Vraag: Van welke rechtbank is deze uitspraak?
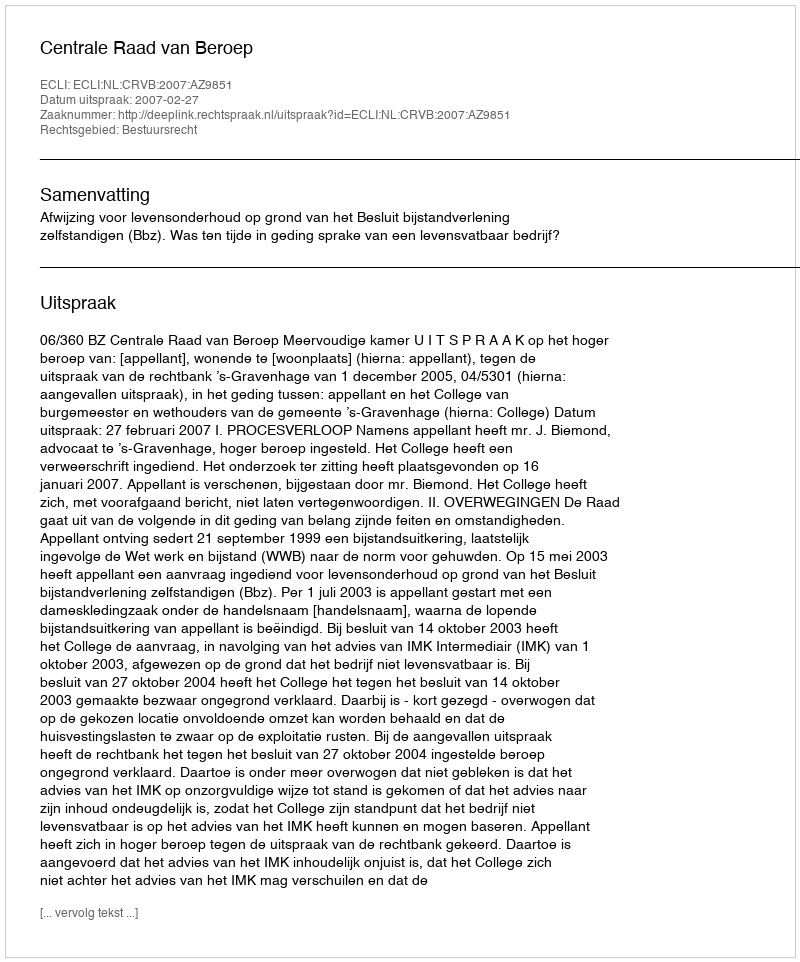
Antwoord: Centrale Raad van Beroep